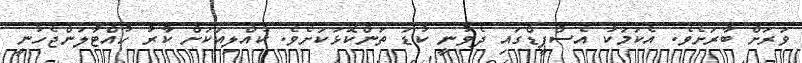
ވަރަށް ބާރަށެވެ. އެކަމަކު އެސްޕީޑްގައި ދެވުނީ ކުޑަ ތަންކޮޅަކަށެވެ. ކުއްލިއަކަށް ކާުރު ހުއްޓާލަންޖެހުނީ